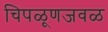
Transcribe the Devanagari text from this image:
चिपळूणजवळ